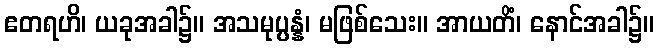
ဧတရဟိ၊ ယခုအခါ၌။ အသမုပ္ပန္နံ၊ မဖြစ်သေး။ အာယတိံ၊ နောင်အခါ၌။